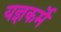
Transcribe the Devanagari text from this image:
यज्ञकर्मे